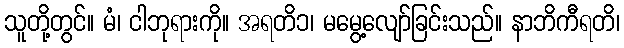
သူတို့တွင်။ မံ၊ ငါဘုရားကို။ အရတိ၁၊ မမွေ့လျော်ခြင်းသည်။ နာဘိကီရတိ၊